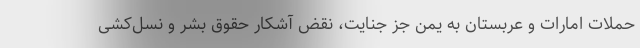
حملات امارات و عربستان به یمن جز جنایت، نقض آشکار حقوق بشر و نسل‌کشی